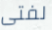
لفتى